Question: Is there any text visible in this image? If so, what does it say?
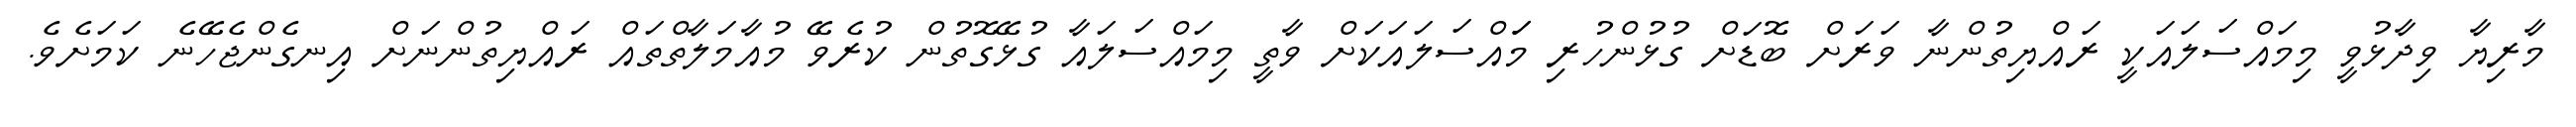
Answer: މާރިޔާ ވިދާޅުވީ މިމައްސަލައަކީ ރައްޔިތުންނާ ވަރަށް ބޮޑަށް ގުޅުންހުރި މަައްސަލައަކަށް ވާތީ މިމައްސަލައާ ގުޅޭގޮތުން ކުރެވޭ މުއާމަލާތްތައް ރައްޔިތުންނަށް އިނގެންޖެހޭނެ ކަމަށެވެ.